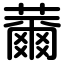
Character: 薾